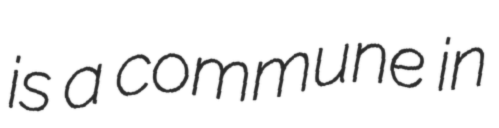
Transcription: is a commune in